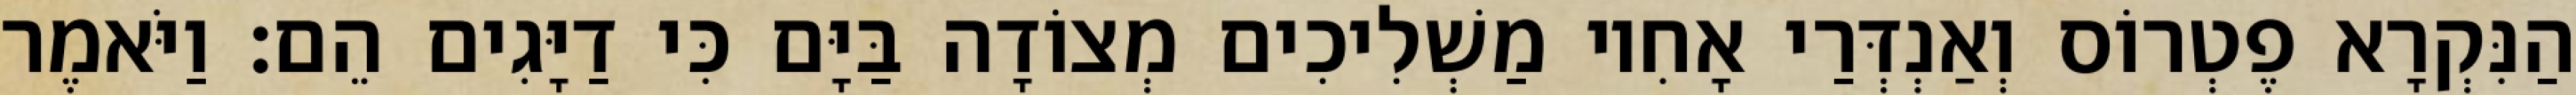
הַנִּקְרָא פֶטְרוֹס וְאַנְדְּרַי אָחִיו מַשְׁלִיכִים מְצוֹדָה בַּיָּם כִּי דַיָּגִים הֵם׃ וַיֹּאמֶר